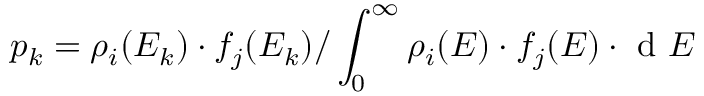
p _ { k } = \rho _ { i } ( E _ { k } ) \cdot f _ { j } ( E _ { k } ) / \int _ { 0 } ^ { \infty } \rho _ { i } ( E ) \cdot f _ { j } ( E ) \cdot \mathrm { ~ d ~ } E